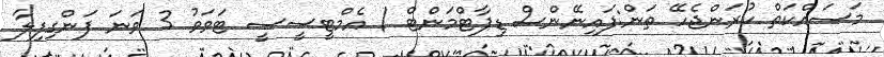
މަސައްކަތް ކުރަންޖެހޭ ތަން:ފައިނޭންސް ޑިޕާޓްމަންޓް / އެމްޓީސީސީ ޓަވަވު 3 ވަނަ ފަންގިފިލާ